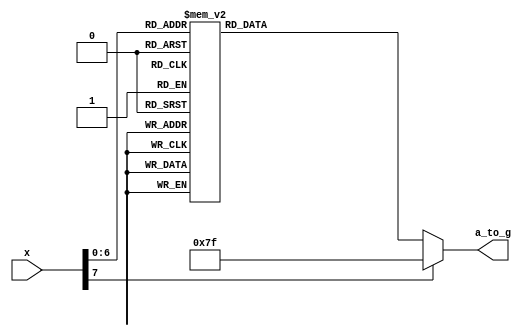
`timescale 1ns / 1ps
//////////////////////////////////////////////////////////////////////////////////
// Company: 
// Engineer: 
// 
// Design Name: 
// Module Name:    Seven_Seg_Display_Controller 
// Project Name: 
// Target Devices: 
// Tool versions: 
// Description: 
//
// Dependencies: 
//
// Revision: 
// Revision 0.01 - File Created
// Additional Comments: 
//
//////////////////////////////////////////////////////////////////////////////////
module hex7seg(
    input wire [7:0]x,				//takes data to show on 7seg
	 output reg [6:0]a_to_g			//enables each light of 7 seg according to data
	 
	 );
	 
	 always@(*)
	 begin
		  case(x)
		  'h30:	 a_to_g =  7'b0000001;     //0
		  'h31:   a_to_g =  7'b1001111;     //1
		  'h32:   a_to_g =  7'b0010010;	   //2
		  'h33:   a_to_g =  7'b0000110;	   //3
		  'h34:   a_to_g =  7'b1001100;		//4
		  'h35:   a_to_g =  7'b0100100;		//5
		  'h36:   a_to_g =  7'b0100000;		//6
		  'h37:   a_to_g =  7'b0001111;		//7
		  'h38:   a_to_g =  7'b0000000;		//8
		  'h39:   a_to_g =  7'b0000100;		//9
		  'h61:	 a_to_g =  7'b0001000; 		//A
		  'h62:   a_to_g =  7'b1100000;		//b
		  'h63:   a_to_g =  7'b0110001;		//c
		  'h64:   a_to_g =  7'b1000010;		//d
		  'h65:   a_to_g =  7'b0110000;		//e
		  'h66:   a_to_g =  7'b0111000;		//f
		  
		  'h67:	 a_to_g = 7'b0100000;			//g
		  'h68:	 a_to_g = 7'b1001000;			//h
		  'h69:   a_to_g = 7'b1111001;			//i
		  'h6A:   a_to_g = 7'b1000011;			//j
														//k can not be drawn
		  'h6c:   a_to_g = 7'b1110001;       //l
														//m can not be drawn
		  'h6E:   a_to_g = 7'b1101010;			//n
		  'h6F:   a_to_g = 7'b1100010;			//O
		  'h70:   a_to_g = 7'b0011000;			//P
		  'h71:   a_to_g = 7'b0001100;			//q
		  'h72:   a_to_g = 7'b0001000;			//r
		  'h73:   a_to_g = 7'b0100100;			//s
														//t can not be drawn
		  'h75:   a_to_g = 7'b1000001;			//u
														//v,w,x,y,z cannot be drawn
		  
		  
		  
		  
		  
		default  a_to_g = 7'b1111111; 
		endcase 
	 end
	 
	 

endmodule